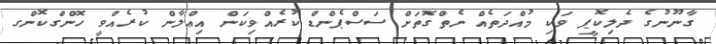
ގާނޫނުގެ ދެލިކޮޕީ ވަކި މުއްދަތެއް ނެތްގޮތަށް ސަސްޕެންޑް ކުރެއްވިކަން އިޢްލާން ކުރެއްވީ ހޮންގްކޮންގ